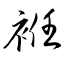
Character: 袵